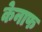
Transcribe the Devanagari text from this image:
केनाफ